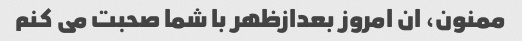
ممنون، ان امروز بعدازظهر با شما صحبت می کنم